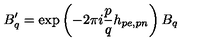
B _ { q } ^ { \prime } = \mathrm { e x p } \left( - 2 \pi i \frac { p } { q } h _ { p e , p n } \right) B _ { q }